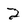
Character: 2